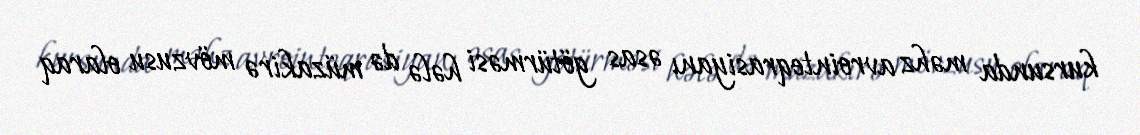
kursunda məhz avrointeqrasiyanı əsas götürməsi hələ də müzakirə mövzusu olaraq